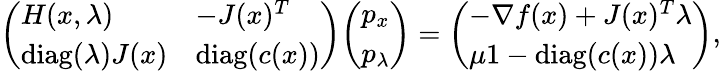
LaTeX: {\left(\begin{array}{ll}{H(x,\lambda)}&{-J(x)^{T}}\\ {\operatorname{diag}(\lambda)J(x)}&{\operatorname{diag}(c(x))}\end{array}\right)}{\left(\begin{array}{l}{p_{x}}\\ {p_{\lambda}}\end{array}\right)}={\left(\begin{array}{l}{-\nabla f(x)+J(x)^{T}\lambda}\\ {\mu 1-\operatorname{diag}(c(x))\lambda}\end{array}\right)},